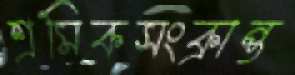
শ্রমিকসংক্রান্ত